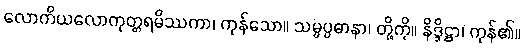
လောကိယလောကုတ္တရမိဿကာ၊ ကုန်သော။ သမ္မပ္ပဓာနာ၊ တို့ကို။ နိဒ္ဒိဋ္ဌာ၊ ကုန်၏။